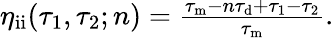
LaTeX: \begin{array}{r}{\eta_{\mathrm{ii}}(\tau_{1},\tau_{2};n)=\frac{\tau_{\mathrm{m}}-n\tau_{\mathrm{d}}+\tau_{1}-\tau_{2}}{\tau_{\mathrm{m}}}.}\end{array}